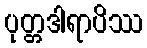
ပုတ္တဒါရာပိဿ